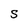
Character: S